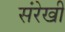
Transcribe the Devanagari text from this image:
संरेखी